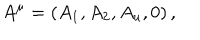
A ^ { \mu } = \left( A _ { 1 } , A _ { 2 } , A _ { u } , 0 \right) ,